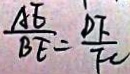
\frac { A E } { B E } = \frac { D F } { F C }